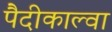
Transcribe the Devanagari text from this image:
पैदीकाल्वा